Eesti_Vabariigi_Tartu_Ulikool, lk 123
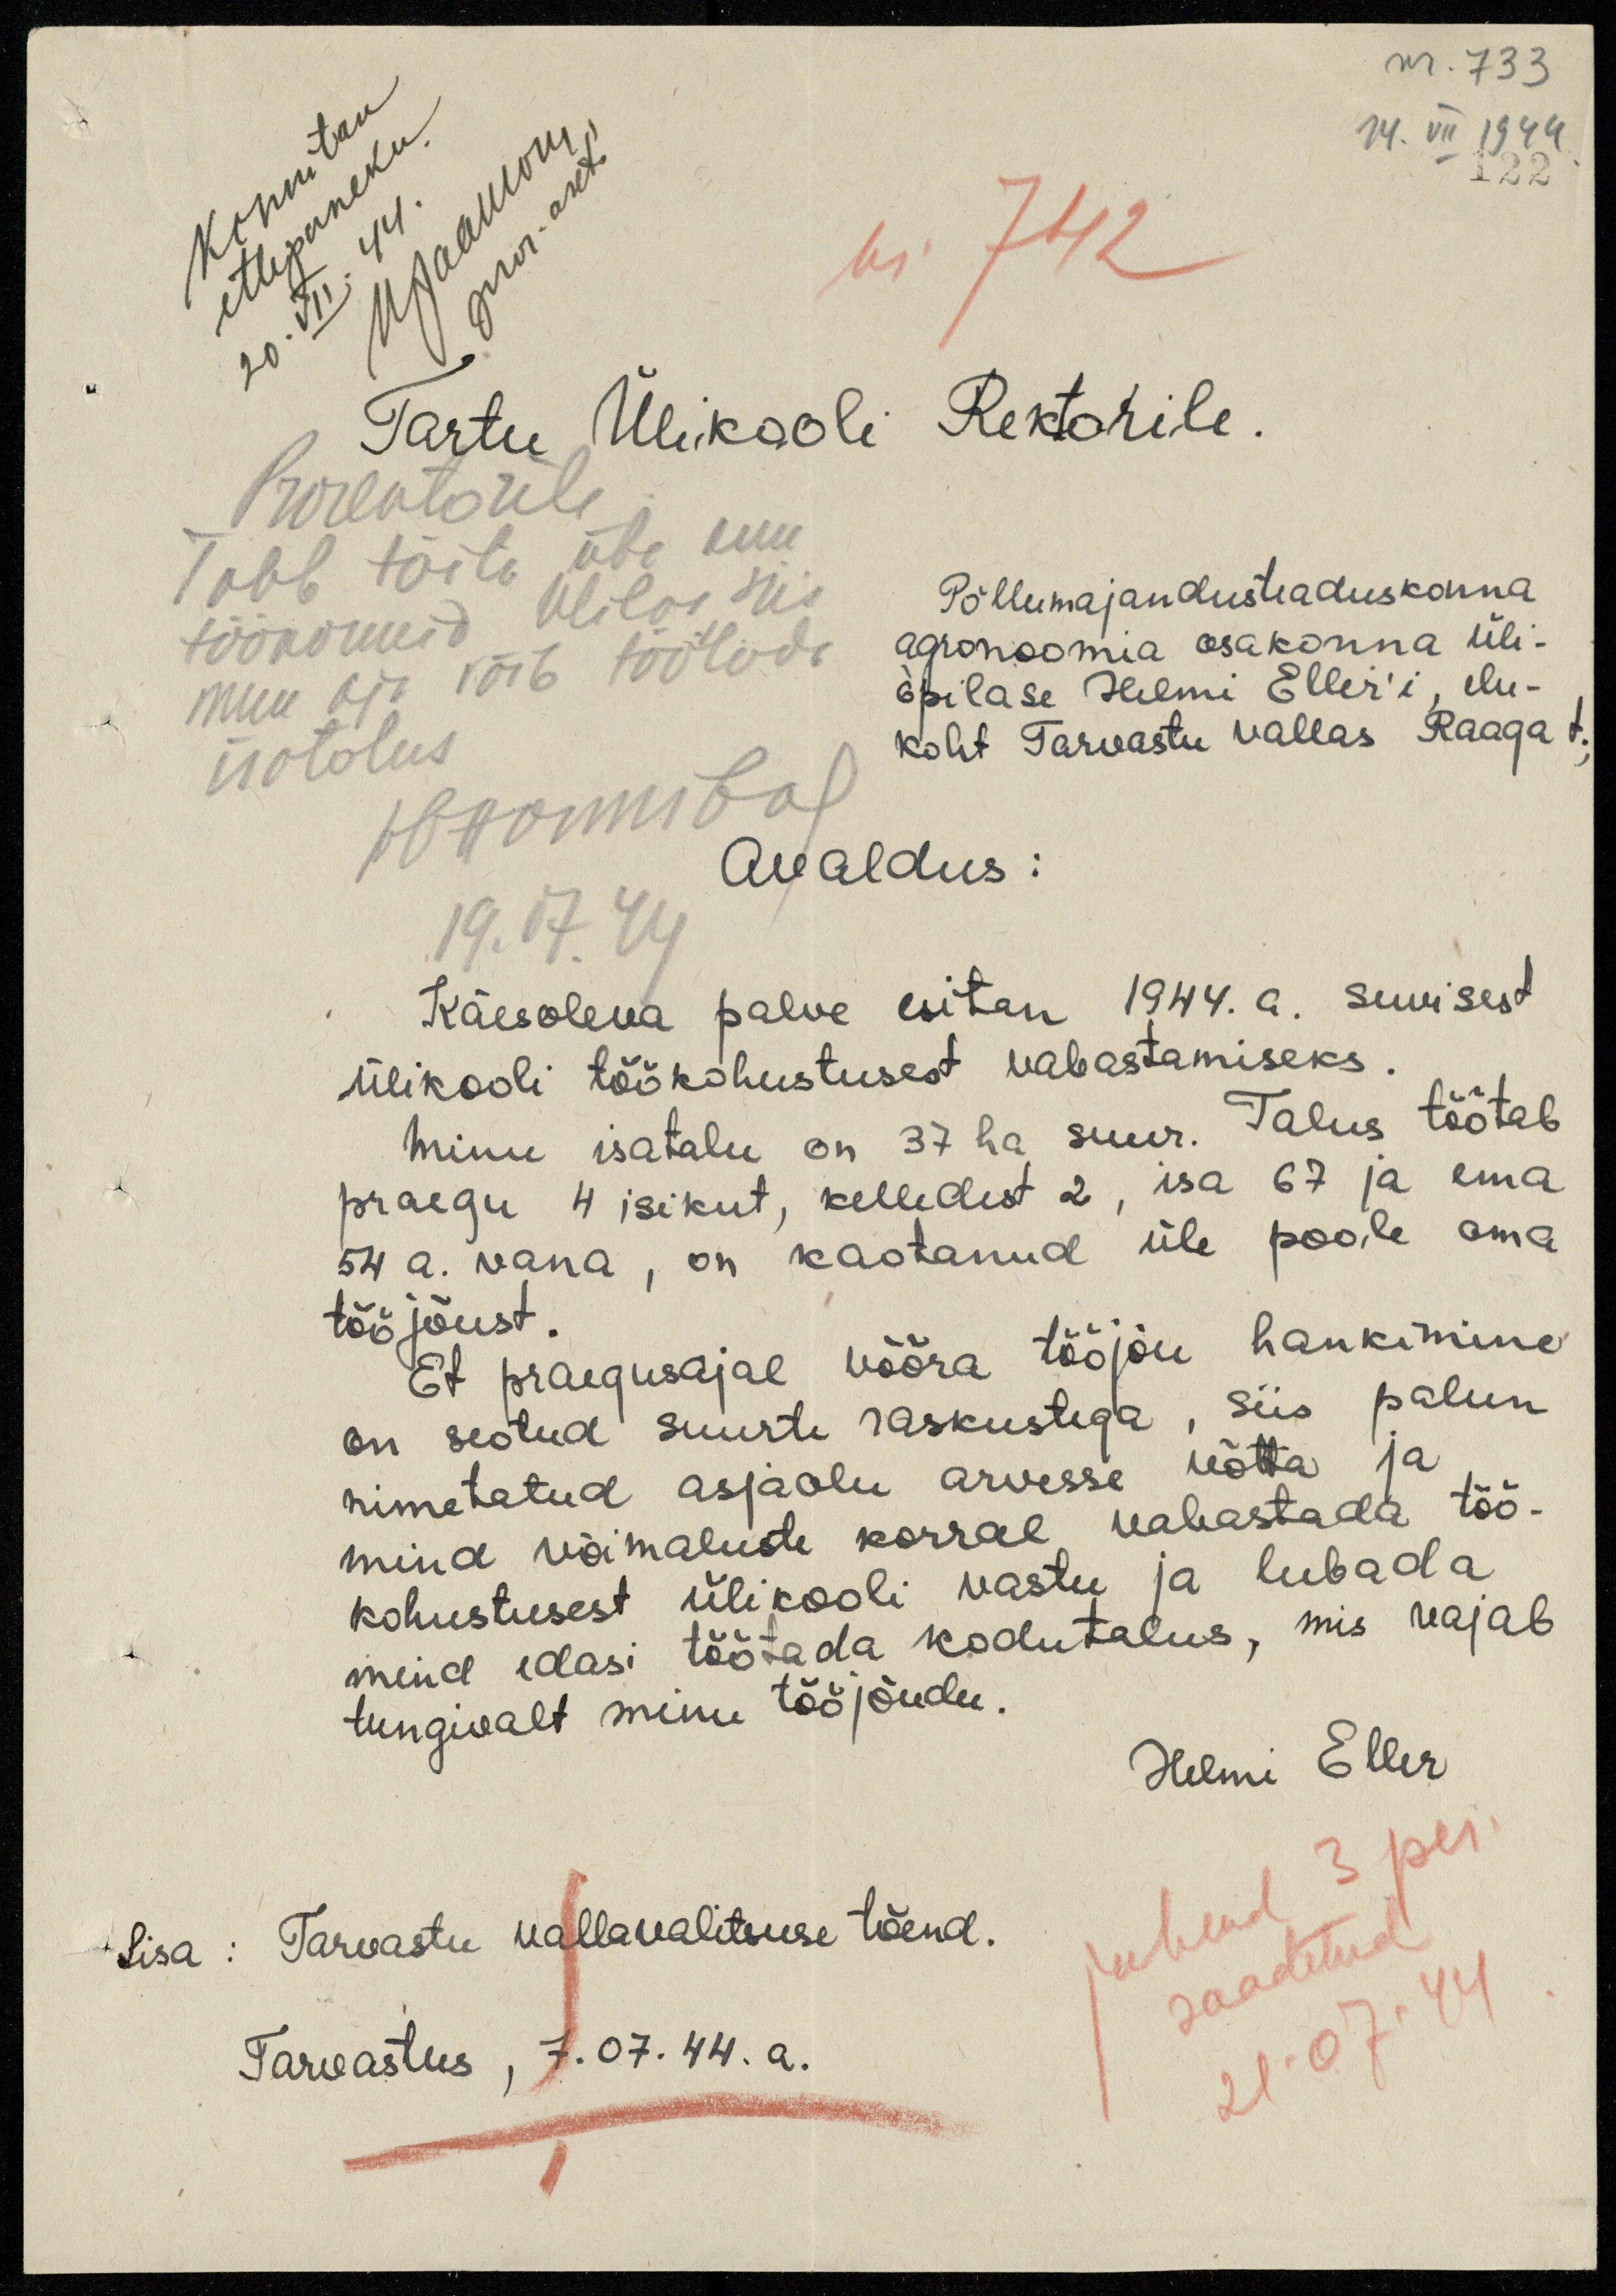
nr. 733
14. VII 1944
122
Kinnitan
ettepaneku.
20.VII.44
U. Jaakson
pror. aset.
Nr. 742
Tartu Ülikooli Rektorile.
Prorektorile
Tuleb täita ühe kuu
töönormid Ulilas siis
muu aja võib töötada
isatalus.
W. Hommberg
19.07.44
Põllumajandusteaduskonna
agronoomia osakonna üli-
õpilase Helmi Eller'i, elu-
koht Tarvastu vallas Raaga t.,
Avaldus:
Käesoleva palve esitan 1944. a. suvisest
ülikooli töökohustusest vabastamiseks.
Minu isatalu on 37 ha suur. Talus töötab
praegu 4 isikut, kelledest 2, isa 67 ja ema
54 a. vana, on kaotanud üle poole oma
tööjõust.
Et praegusajal võõra tööjõu hankimine
on seotud suurte raskustega, siis palun
nimetatud asjaolu arvesse võtta ja
mind võimaluste korral vabastada töö-
kohustusest ülikooli vastu ja lubada
mind edasi töötada kodutalus, mis vajab
tungivalt minu tööjõudu.
Helmi Eller
Lisa: Tarvastu vallavalitsuse tõend.
Tarvastus, 7.07.44. a.
Juhend 3 per.
saadetud
21.07.44